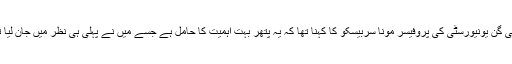
مشی گن یونیورسٹی کی پروفیسر مونا سربیسکو کا کہنا تھا کہ یہ پتھر بہت اہمیت کا حامل ہے جسے میں نے پہلی ہی نظر میں جان لیا تھا۔